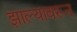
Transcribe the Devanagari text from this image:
झाल्यावरून